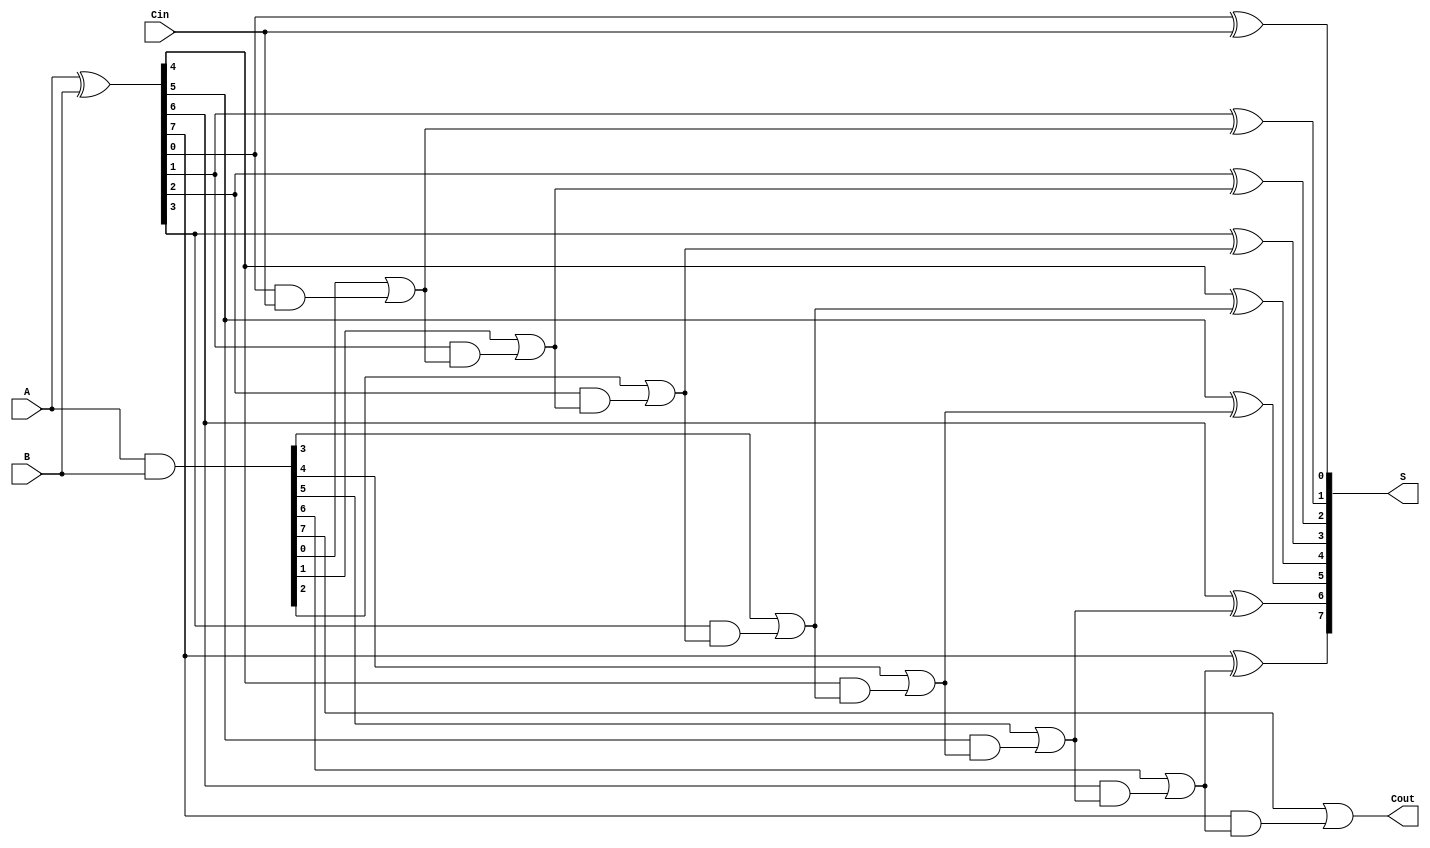
module KoggeStoneAdder #(parameter n = 8) (
    input [n-1:0] A,    // First operand
    input [n-1:0] B,    // Second operand
    input Cin,          // Carry-in
    output [n-1:0] S,   // Sum output
    output Cout         // Carry-out
);

    wire [n-1:0] P;     // Propagate signals
    wire [n-1:0] G;     // Generate signals
    wire [n:0] C;       // Carry signals

    // Generate and propagate signals
    assign P = A ^ B;   // P[i] = A[i] ^ B[i]
    assign G = A & B;   // G[i] = A[i] & B[i]

    // Stage 0 carry generation
    assign C[0] = Cin;  // Initial carry-in
    genvar i;
    generate
        for (i = 0; i < n; i = i + 1) begin : carry_generation_stage_0
            assign C[i+1] = G[i] | (P[i] & C[i]);
        end
    endgenerate

    // Carry propagation stages
    generate
        for (i = 0; i < n; i = i + 1) begin : carry_propagation
            if (i > 0) begin
                assign C[i+1] = G[i] | (P[i] & C[i]);
            end
        end
    endgenerate

    // Sum calculation
    generate
        for (i = 0; i < n; i = i + 1) begin : sum_calculation
            assign S[i] = P[i] ^ C[i]; // S[i] = P[i] ^ C[i]
        end
    endgenerate

    // Carry-out
    assign Cout = C[n];

endmodule